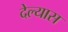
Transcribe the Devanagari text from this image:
देल्यास